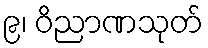
၉၊ ဝိညာဏသုတ်